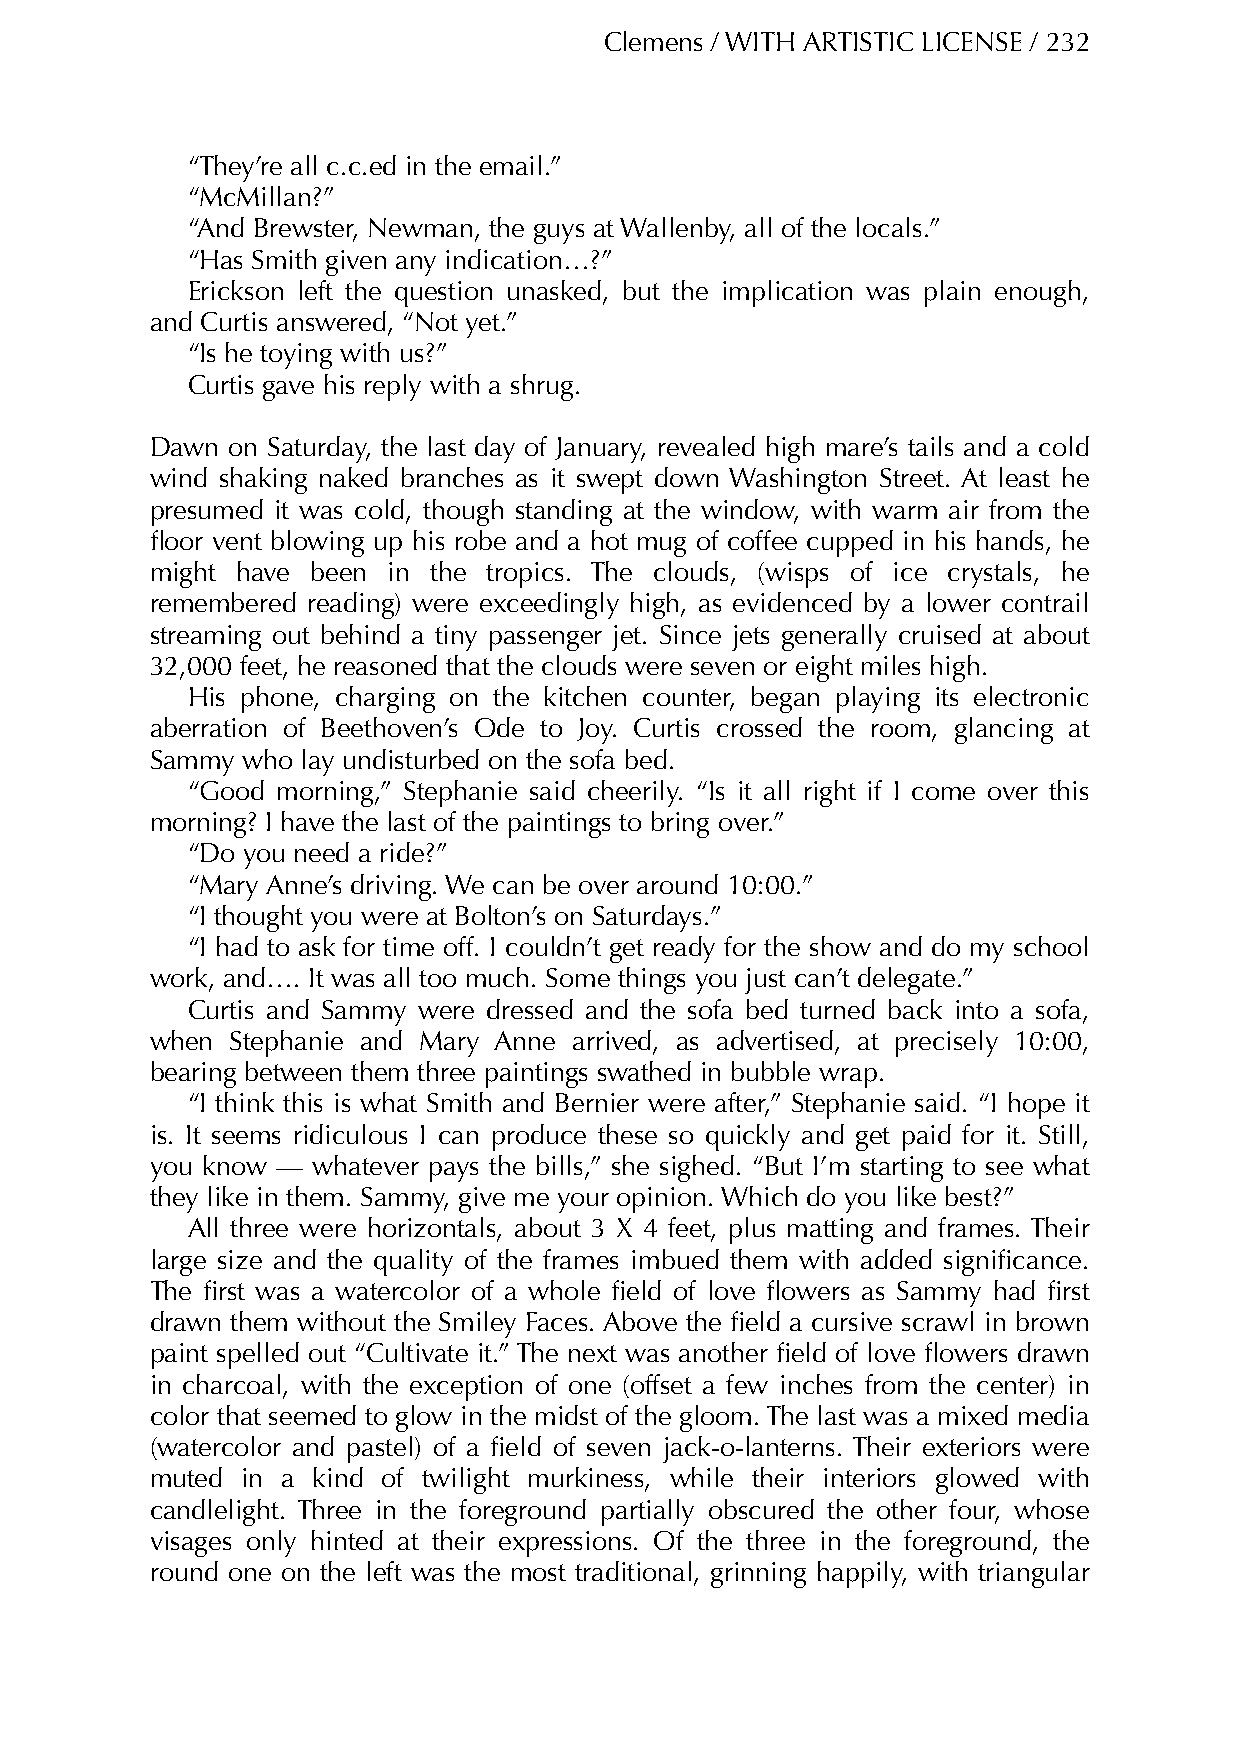
Clemens / WITH ARTISTIC LICENSE / 232
 “They’re all c.c.ed in the email.”
 “McMillan?”
 “And Brewster, Newman, the guys at Wallenby, all of the locals.”
 “Has Smith given any indication…?”
 Erickson left the question unasked, but the implication was plain enough,
 and Curtis answered, “Not yet.”
 “Is he toying with us?”
 Curtis gave his reply with a shrug.
 Dawn on Saturday, the last day of January, revealed high mare’s tails and a cold
 wind shaking naked branches as it swept down Washington Street. At least he
 presumed it was cold, though standing at the window, with warm air from the
 floor vent blowing up his robe and a hot mug of coffee cupped in his hands, he
 might have been in the tropics. The clouds, (wisps of ice crystals, he
 remembered reading) were exceedingly high, as evidenced by a lower contrail
 streaming out behind a tiny passenger jet. Since jets generally cruised at about
 32,000 feet, he reasoned that the clouds were seven or eight miles high.
 His phone, charging on the kitchen counter, began playing its electronic
 aberration of Beethoven’s Ode to Joy. Curtis crossed the room, glancing at
 Sammy who lay undisturbed on the sofa bed.
 “Good morning,” Stephanie said cheerily. “Is it all right if I come over this
 morning? I have the last of the paintings to bring over.”
 “Do you need a ride?”
 “Mary Anne’s driving. We can be over around 10:00.”
 “I thought you were at Bolton’s on Saturdays.”
 “I had to ask for time off. I couldn’t get ready for the show and do my school
 work, and…. It was all too much. Some things you just can’t delegate.”
 Curtis and Sammy were dressed and the sofa bed turned back into a sofa,
 when Stephanie and Mary Anne arrived, as advertised, at precisely 10:00,
 bearing between them three paintings swathed in bubble wrap.
 “I think this is what Smith and Bernier were after,” Stephanie said. “I hope it
 is. It seems ridiculous I can produce these so quickly and get paid for it. Still,
 you know — whatever pays the bills,” she sighed. “But I’m starting to see what
 they like in them. Sammy, give me your opinion. Which do you like best?”
 All three were horizontals, about 3 X 4 feet, plus matting and frames. Their
 large size and the quality of the frames imbued them with added significance.
 The first was a watercolor of a whole field of love flowers as Sammy had first
 drawn them without the Smiley Faces. Above the field a cursive scrawl in brown
 paint spelled out “Cultivate it.” The next was another field of love flowers drawn
 in charcoal, with the exception of one (offset a few inches from the center) in
 color that seemed to glow in the midst of the gloom. The last was a mixed media
 (watercolor and pastel) of a field of seven jack-o-lanterns. Their exteriors were
 muted in a kind of twilight murkiness, while their interiors glowed with
 candlelight. Three in the foreground partially obscured the other four, whose
 visages only hinted at their expressions. Of the three in the foreground, the
 round one on the left was the most traditional, grinning happily, with triangular